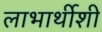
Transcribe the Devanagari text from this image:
लाभार्थीशी